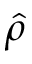
\hat { \rho }